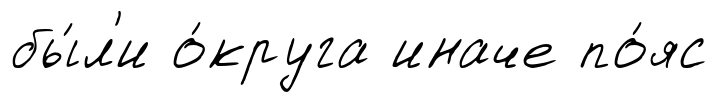
бы́л'и о́круга иначе по́яс